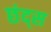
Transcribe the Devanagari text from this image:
छंद्स